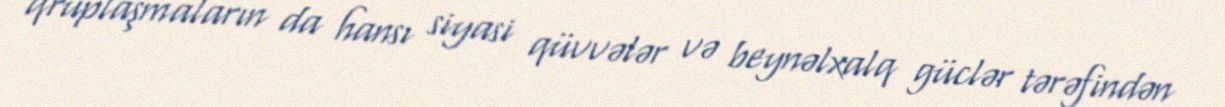
qruplaşmaların da hansı siyasi qüvvələr və beynəlxalq güclər tərəfindən